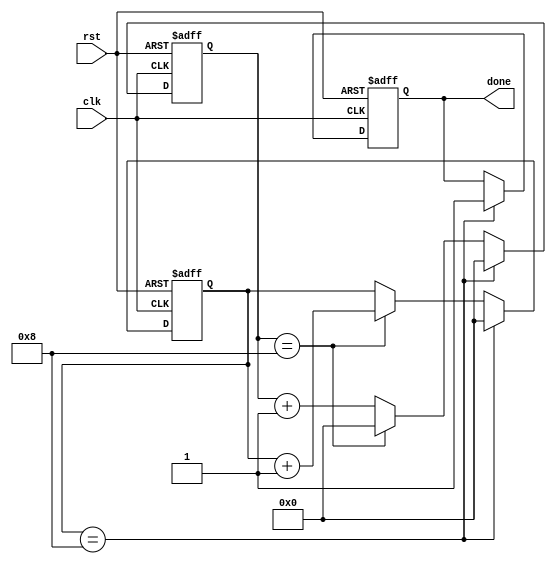
module nested_for_loop(
    input clk,
    input rst,
    output reg done
);

reg [7:0] primary_loop;
reg [7:0] secondary_loop;

always @ (posedge clk or posedge rst) begin
    if (rst) begin
        primary_loop <= 0;
        secondary_loop <= 0;
        done <= 0;
    end else begin
        if (primary_loop == 8) begin
            primary_loop <= 0;
            secondary_loop <= 0;
            done <= 1;
        end else begin
            if (secondary_loop == 8) begin
                secondary_loop <= 0;
                primary_loop <= primary_loop + 1;
            end else begin
                secondary_loop <= secondary_loop + 1;
            end
        end
    end
end

endmodule